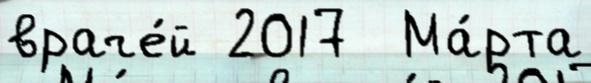
враче́й 2017  Ма́рта